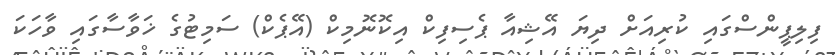
ފިލިޕީންސްގައި ކުރިއަށް ދިޔަ އޭޝިއާ ޕެސިފިކް އިކޮނޮމިކް (އޭޕެކް) ސަމިޓުގެ ޚަވާސާގައި ވާހަކަ